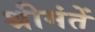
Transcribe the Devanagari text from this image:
श्रीमंतें